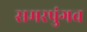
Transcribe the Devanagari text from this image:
समरपुंगव